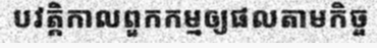
បវត្តិកាលពួកកម្មឲ្យផលតាមកិច្ច